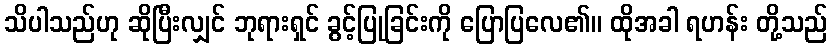
သိပါသည်ဟု ဆိုပြီးလျှင် ဘုရားရှင် ခွင့်ပြုခြင်းကို ပြောပြလေ၏။ ထိုအခါ ရဟန်း တို့သည်